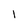
Character: l